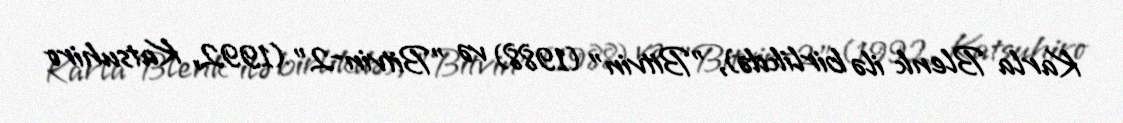
Karla Blenk ilə birlikdə), "Bitvin" (1988) və "Bitvin-2" (1992, Katsuhiro